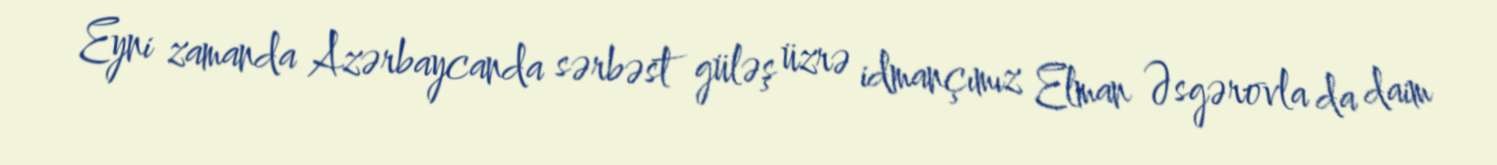
Eyni zamanda Azərbaycanda sərbəst güləş üzrə idmançımız Elman Əsgərovla da daim